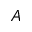
A